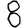
Digit: 8